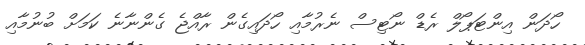
ހޯދަން އިންޓަޕޯލް ރެޑް ނޯޓިސް ނެރުމާއި ހޯދައިގެން ރާއްޖެ ގެންނާނެ ކަމަށް ބުނުމާއި